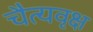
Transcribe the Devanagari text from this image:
चैत्यवृक्ष